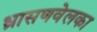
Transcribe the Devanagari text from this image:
ध्रासणवेलका